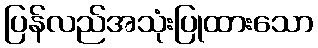
ပြန်လည်အသုံးပြုထားသော